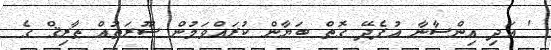
' އަދި އިންސާނާ އުފެދޭ ގޮތް ބަޔާން ކުރައްވަމުން ސޫރަތުއް ޠާރިޤް ގެ